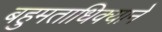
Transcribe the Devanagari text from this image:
बहुमताधिक्याने